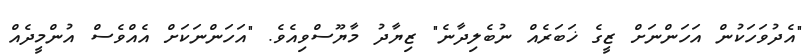
"އެދުވަހަކުން އަހަންނަށް ޒީގެ ޚަބަރެއް ނުބެލިދާނެ" ޒިޔާދު މާޔޫސްވިއެވެ. "އަހަންނަކަށް އެއްވެސް އުންމީދެއް